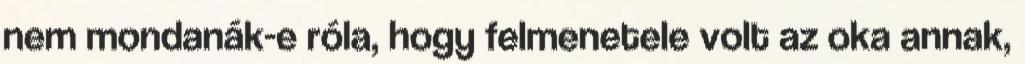
nem mondanák-e róla, hogy felmenetele volt az oka annak,